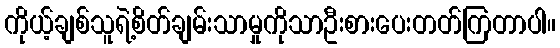
ကိုယ့်ချစ်သူရဲ့စိတ်ချမ်းသာမှုကိုသာဦးစားပေးတတ်ကြတာပါ။